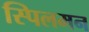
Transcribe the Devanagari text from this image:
स्पिलमन